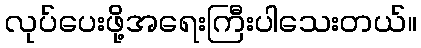
လုပ်ပေးဖို့အရေးကြီးပါသေးတယ်။